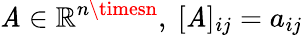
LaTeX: \mathit{A}\in\mathbb{{R}}^{n\timesn},~[\mathit{A}]_{ij}=a_{ij}